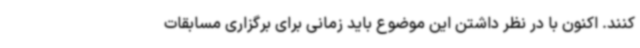
کنند. اکنون با در نظر داشتن این موضوع باید زمانی برای برگزاری مسابقات